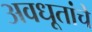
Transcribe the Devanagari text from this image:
अवधूतांचे